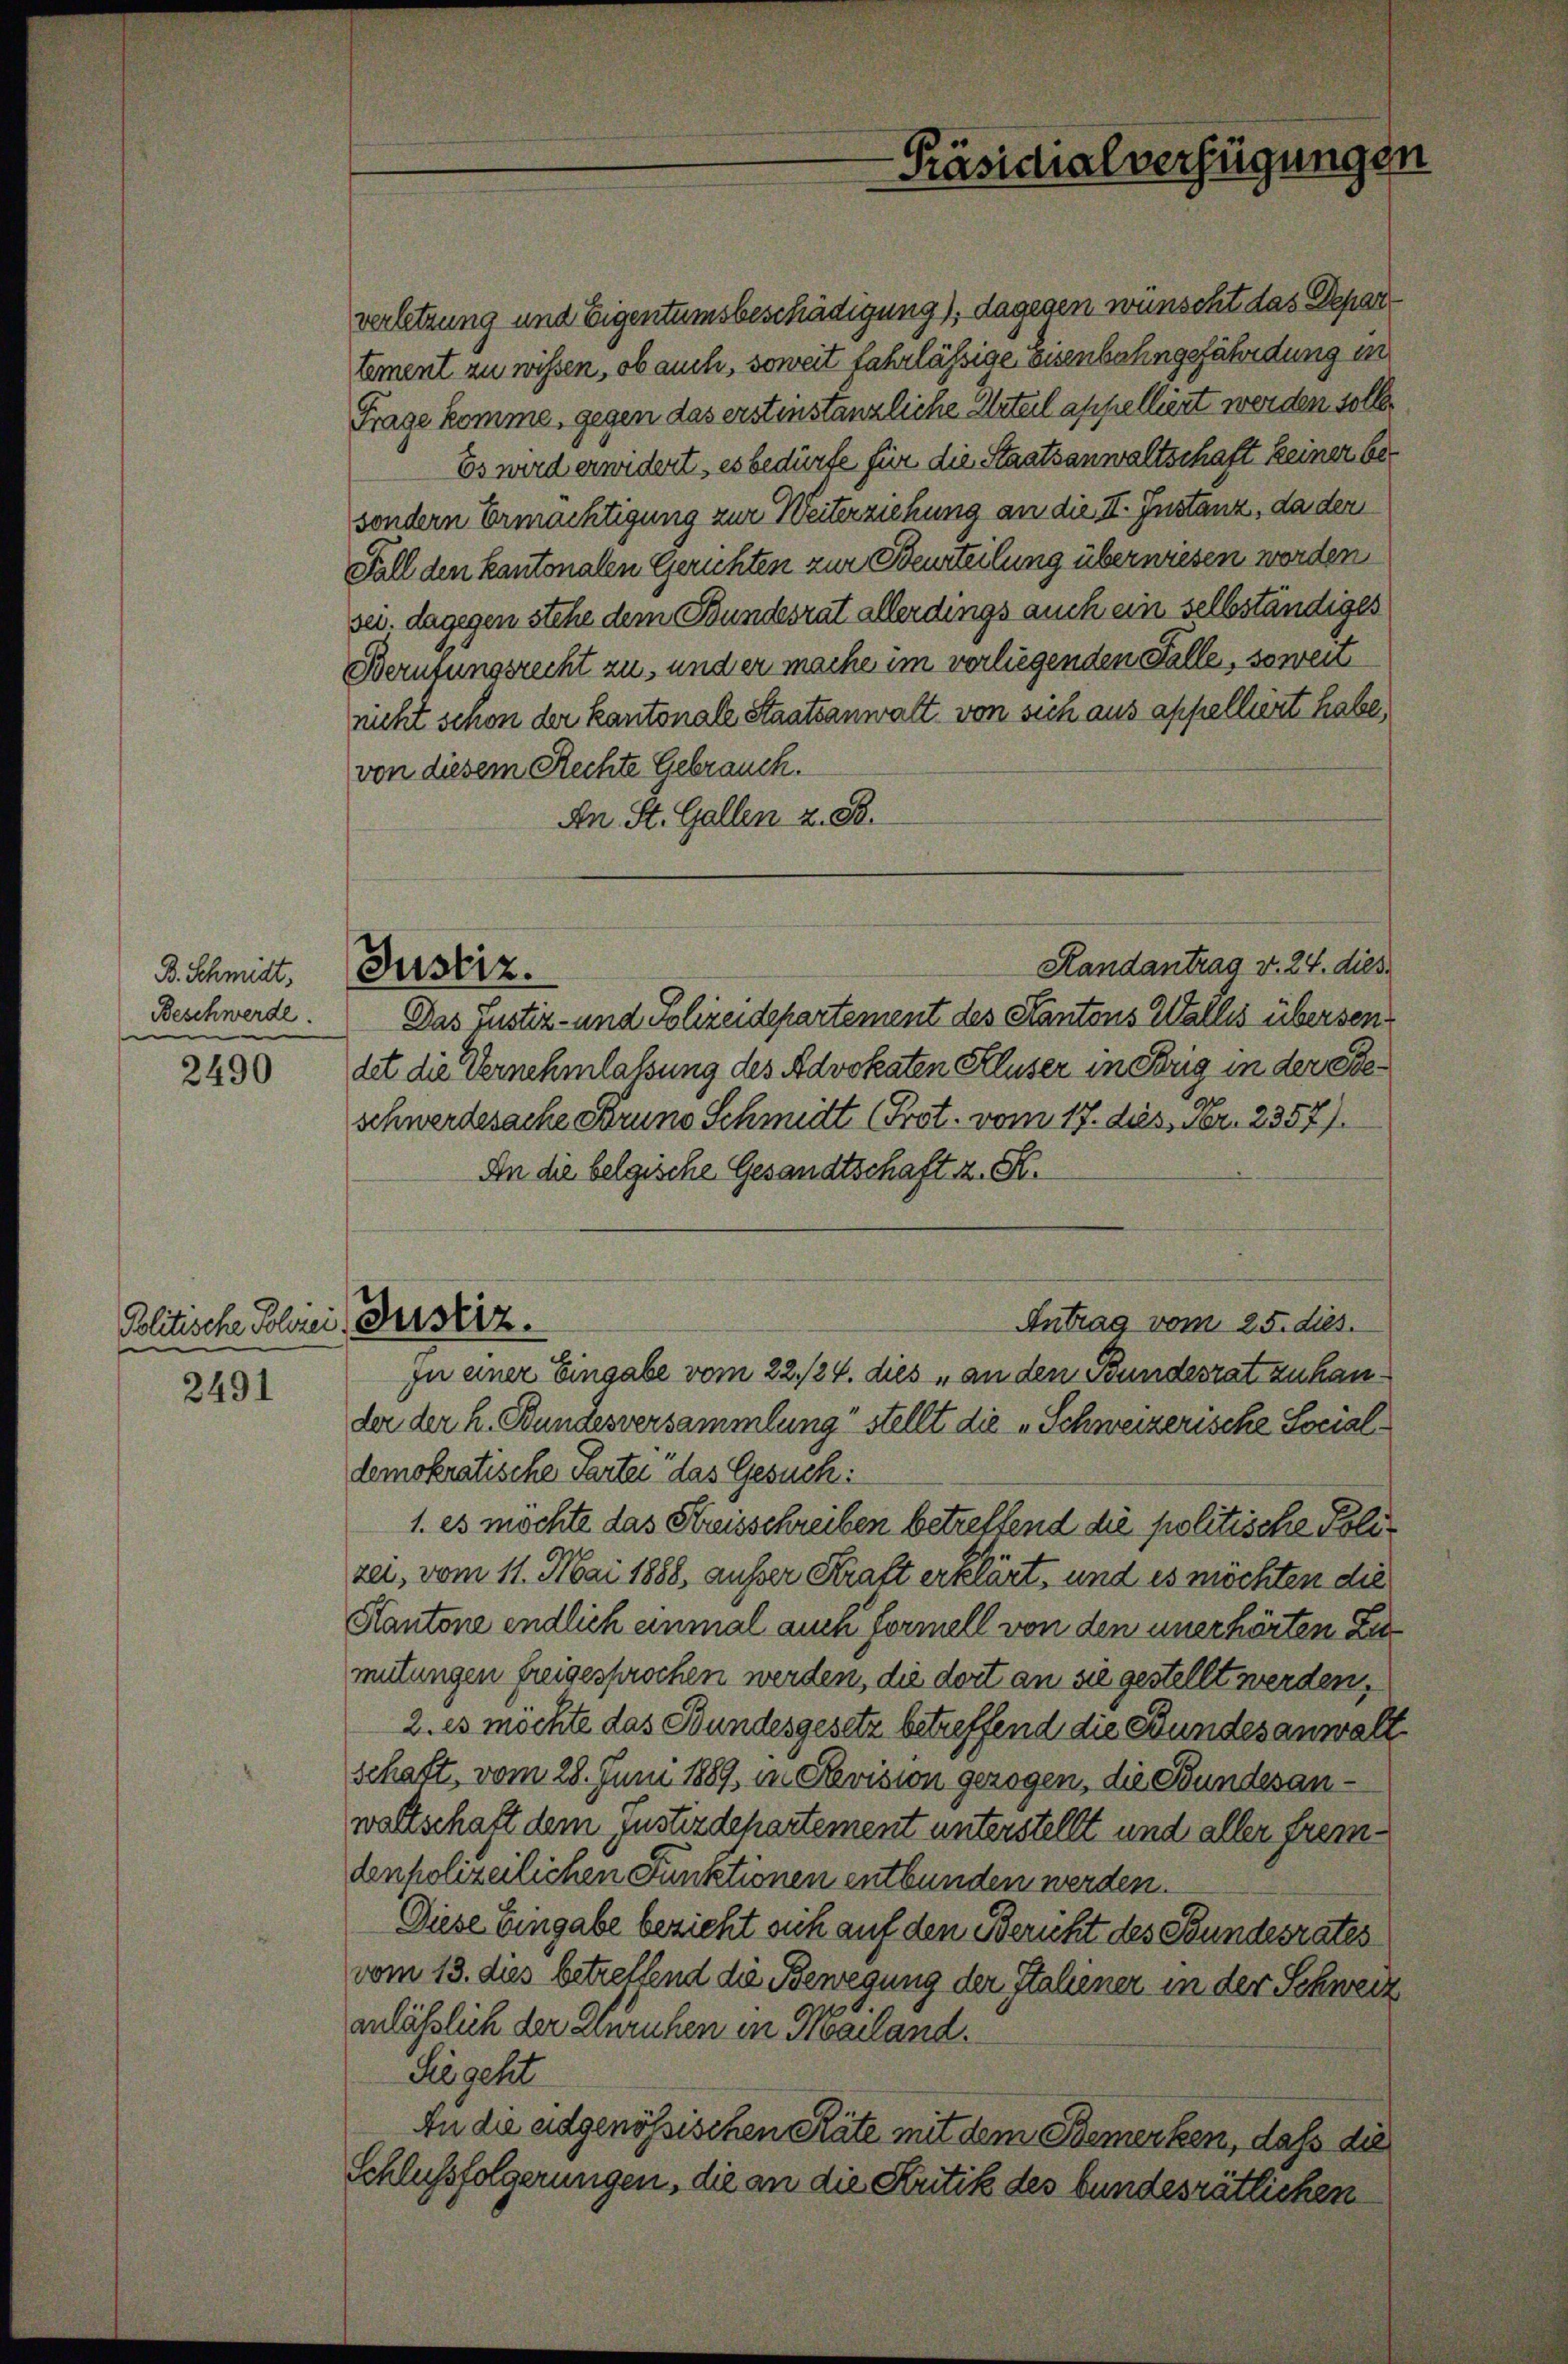
B. Schmidt.
Beschwerde.

2490

Politische Schrei Bestiz.

2491

Justiz.

verletzung und Eigentumsbeschädigung), dagegen wünscht das Departement zu wissen, ob auch, soweit fahrlässige Eisenbahngefährdung in
Frage komme, gegen das erstinstanzliche Urteil appelliert werden solle.
Es wird erwidert, es bedürfe für die Staatsanwaltschaft keiner besondern Ermächtigung zur Weiterziehung an die II. Instanz, da der
Fall den kantonalen Gerichten zur Beurteilung überwiesen werden,
sei. dagegen stehe dem Bundesrat allerdings auch ein selbständiges
Berufungsrecht zu, und er mache im vorliegenden Falle, soweit
nicht schon der kantonale Staatsanwalt von sich aus appelliert habe,
von diesem Rechte Gebrauch.
An St. Gallen z. B.
Handantrag v. 24. dies
Das Justiz- und Polizeidepartement des Kantons Wallis übersen
det die Vernehmlassung des Advokaten Kluser in Frig in der Steschwerdesache Bruno Schmidt (Prot. vom 17. dies, Nr. 2357).
An die belgische Gesandtschaft z. B.
Antrag vom 25. dies
zu einer Eingabe vom 22./24. dies „an den Bundesrat zu hander der h. Bundesversammlung“ stellt die „Schweizerische Socialdemokratische Parter das Gesuch:
1. es möchte das Kreisschreiben betreffend die politische Polizei, vom 11. Mai 1888, außer Kraft erklärt, und es möchten die
Kantone endlich einmal auch formell von den unerhörten Zumutungen freigesprochen werden, die dort an sie gestellt werden,
2. es möchte das Bundesgesetz betreffend die Bundesanwalt
schaft, vom 28. Juni 1889 in Revision gezogen, die Bundesanwaltschaft dem Justizdepartement unterstellt und aller fremdenpolizeilichen Funktionen entbunden werden.
Diese Eingabe bezieht sich auf den Bericht des Bundesrates
vom 13. dies betreffend die Bewegung der Italiener in der Schweiz
anläßlich der Zürichen in Mailand.
Sie geht
An die eidgenössischen Stäte mit dem Bemerken, daß die
Schlussfolgerungen, die an die Kritik des bundesrätlichen

-Präsidialverfügungen